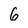
Character: 6